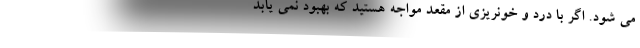
می شود. اگر با درد و خونریزی از مقعد مواجه هستید که بهبود نمی یابد